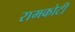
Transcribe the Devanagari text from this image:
रामकोटी